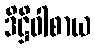
ဒိဋ္ဌိဝါစာယ